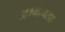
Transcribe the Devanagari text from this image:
अम्मानसह